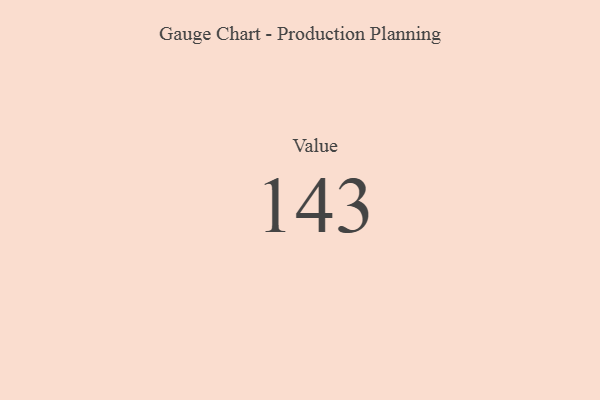
{"axis": {"x": "Metric", "y": "Value"}, "legend": [""], "data": [{"x": "Value", "y": 143, "type": ""}]}